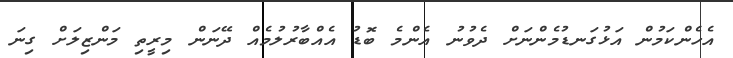
އެހެންކަމުން އަޅުގަނޑުމެންނަށް ދެވުނު އެންމެ ބޮޑު އެއްބާރުލުމެއް ދޭނަން މިރީތި މަންޒިލަށް ގިނަ